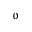
^ 0